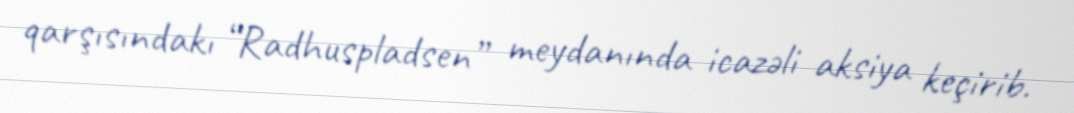
qarşısındakı “Radhuspladsen” meydanında icazəli aksiya keçirib.